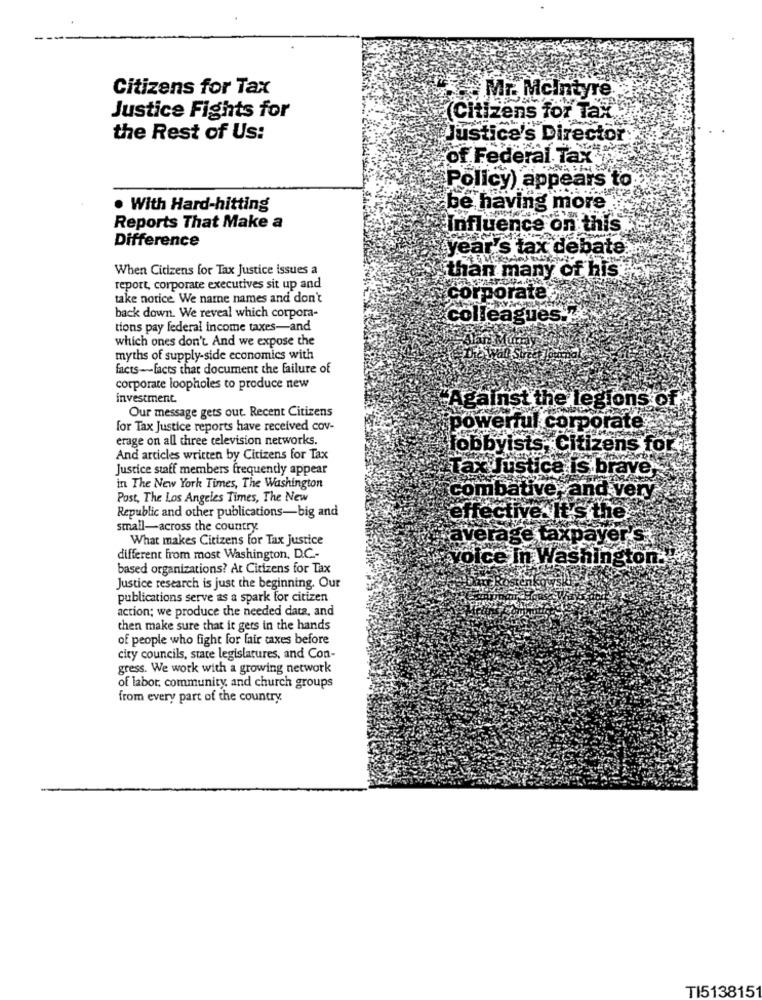
Citizens for Tax
Mr. Mcintyre
Justice Fights for
(Citizens for Tax ..
the Rest of Us:
Justice's Director
of Federal Tax
Policy) appears to
. With Hard-hitting
be having more
Reports That Make a
Influence on this
Difference
year's tax debate
When Citizens for Tax Justice issues a
than many of his
report, corporate executives sit up and
take notice We name names and don't
corporate:
back down. We reveal which corpora-
colleagues."
tions pay federal income taxes-and
which ones don't. And we expose the
myths of supply-side economics with
facts-facts that document the failure of
corporate loopholes to produce new
investment
Our message gets out. Recent Citizens
"Against the legion's of:
for Tax Justice reports have received cov-
powerful corporate;
erage on all three television networks.
lobbyists, Citizens for
And articles written by Citizens for Tax
Justice staff members frequently appear
Tax Justice is brave,
in The New York Times, The Washington
Post, The Los Angeles Times, The New
combative and ver
Republic and other publications-big and
effective. It's the'
small-across the country
What makes Citizens for Tax Justice
average taxpayer's
different from most Washington, D.C .-
voice In Washington.
based organizations? At Citizens for Tax
Justice research is just the beginning. Our
publications serve as a spark for citizen
action; we produce the needed data, and
then make sure that it gets in the hands
of people who fight for fair taxes before
city councils, state legislatures, and Con-
gress. We work with a growing network
of labor, community, and church groups
from every part of the country.
TI513815